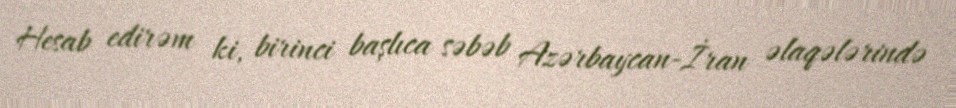
Hesab edirəm ki, birinci başlıca səbəb Azərbaycan-İran əlaqələrində